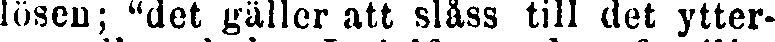
lösen; "det gäller att slåss till det ytter-